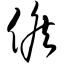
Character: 候